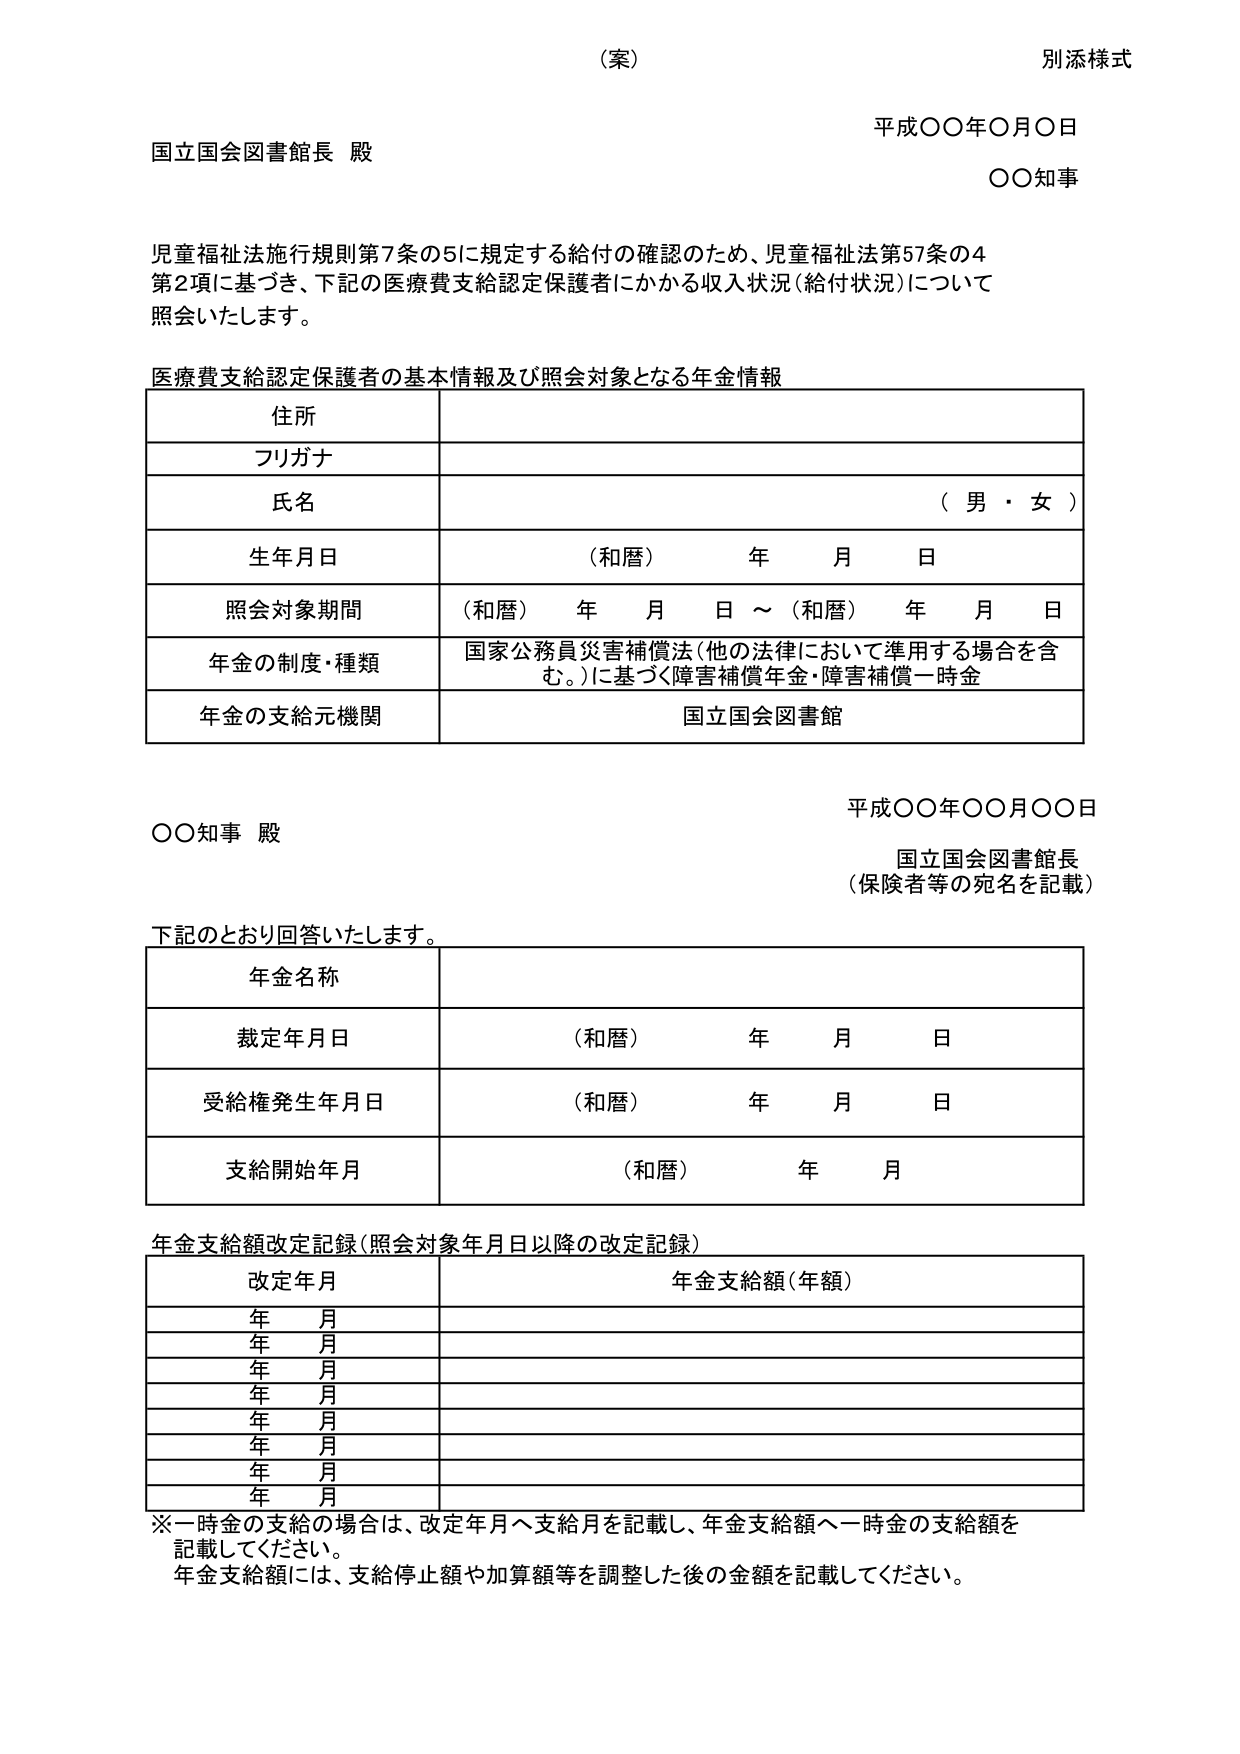
（案）
別添様式

平成〇〇年〇月〇日
国立国会図書館長 殿
〇〇知事

児童福祉法施行規則第7条の5に規定する給付の確認のため、児童福祉法第57条の4
第2項に基づき、下記の医療費支給認定保護者にかかる収入状況（給付状況）について
照会いたします。

医療費支給認定保護者の基本情報及び照会対象となる年金情報

住所
フリガナ
氏名 （男・女）
生年月日 （和暦） 年 月 日
照会対象期間 （和暦） 年 月 日 ～ （和暦） 年 月 日
年金の制度・種類 国家公務員災害補償法（他の法律において準用する場合を含む。）に基づく障害補償年金・障害補償一時金
年金の支給元機関 国立国会図書館

平成〇〇年〇〇月〇〇日
〇〇知事 殿
国立国会図書館長
（保険者等の宛名を記載）

下記のとおり回答いたします。

年金名称
裁定年月日 （和暦） 年 月 日
受給権発生年月日 （和暦） 年 月 日
支給開始年月 （和暦） 年 月

年金支給額改定記録（照会対象年月日以降の改定記録）

改定年月 年金支給額（年額）
年 月
年 月
年 月
年 月
年 月
年 月
年 月
年 月

※一時金の支給の場合は、改定年月へ支給月を記載し、年金支給額へ一時金の支給額を記載してください。
年金支給額には、支給停止額や加算額等を調整した後の金額を記載してください。